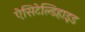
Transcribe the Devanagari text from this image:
ऐसिटेल्डिहाइड